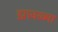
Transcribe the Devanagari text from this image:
झावळ्या